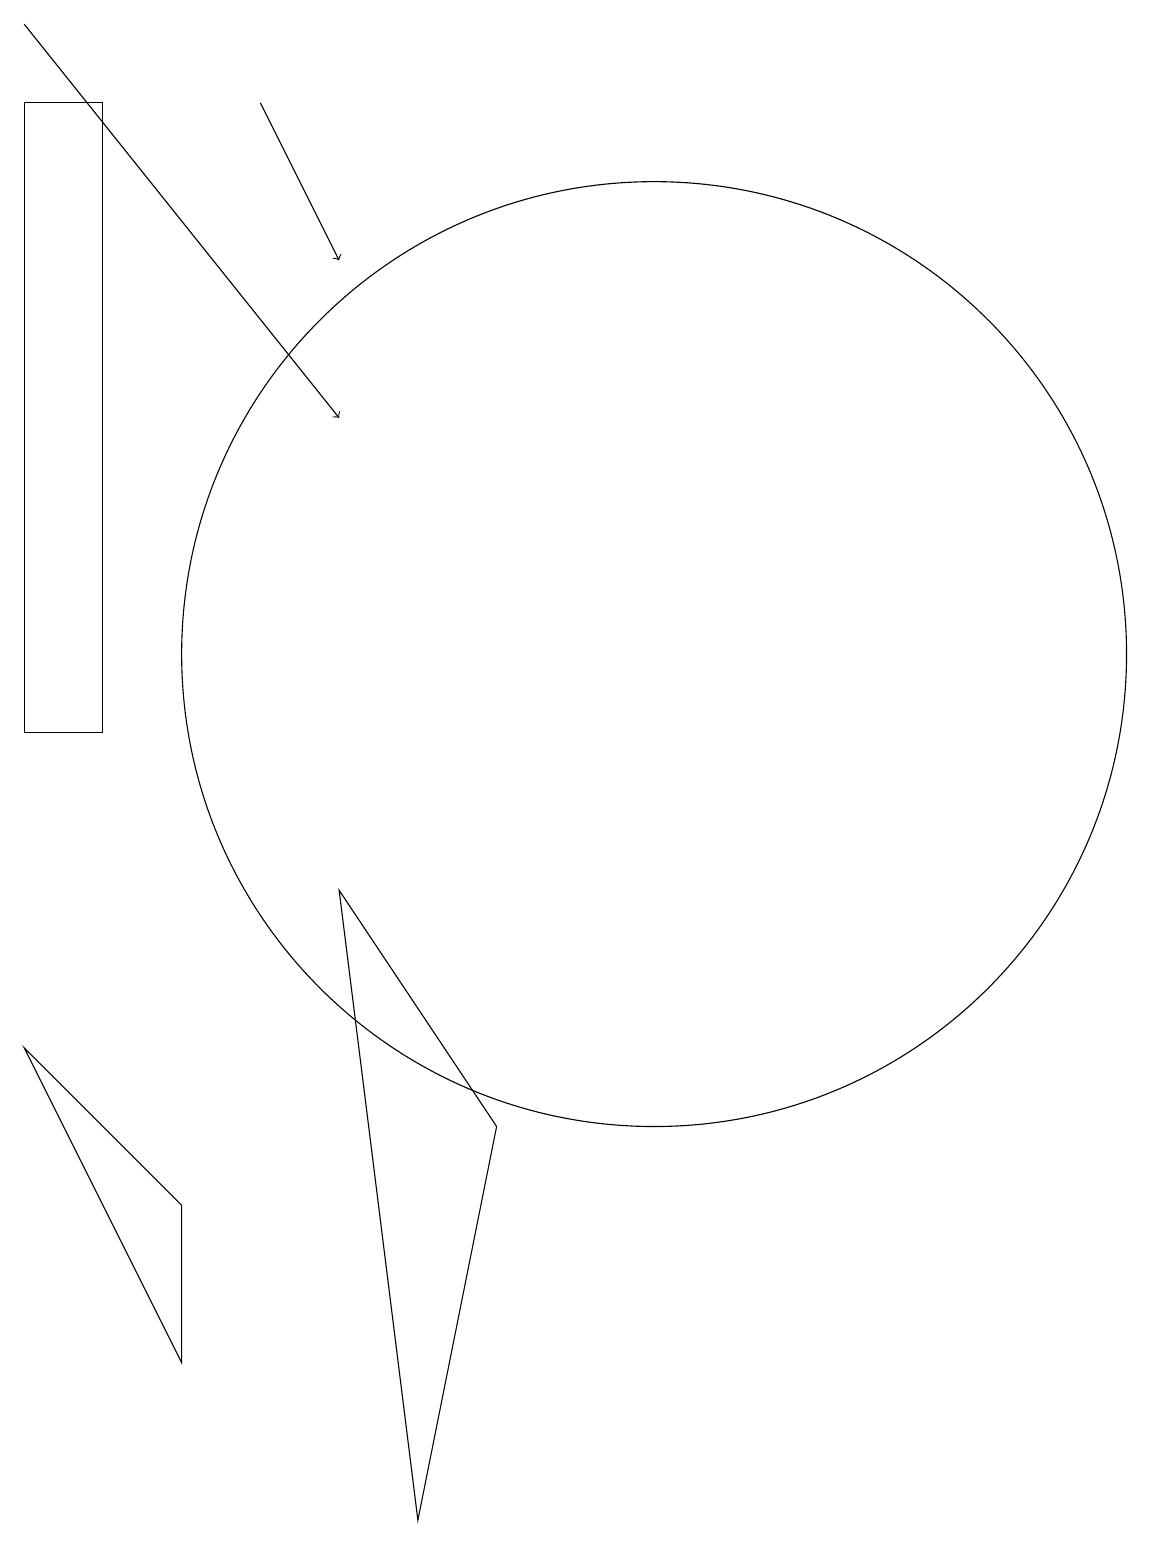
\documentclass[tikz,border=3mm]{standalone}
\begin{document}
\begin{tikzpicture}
\draw[->] (2,19) -- (6,14);
\draw (3,10) rectangle (2,18);
\draw (8,5) -- (7,0) -- (6,8) -- cycle;
\draw (10,11) circle (6);
\draw[->] (5,18) -- (6,16);
\draw (2,6) -- (4,2) -- (4,4) -- cycle;
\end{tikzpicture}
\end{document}